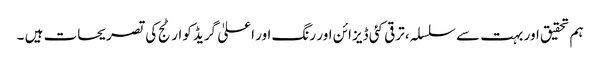
ہم تحقیق اور بہت سے سلسلہ، ترقی کئی ڈیزائن اور رنگ اور اعلیٰ گریڈ کوارٹج کی تصریحات ہیں ۔